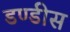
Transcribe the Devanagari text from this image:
डण्डीस